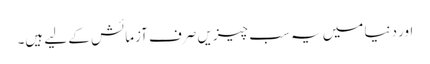
اور دنیا میں یہ سب چیزیں صرف آزمائش کے لیے ہیں۔